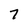
Character: 7